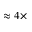
\approx 4 \times